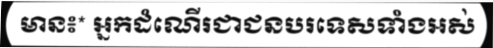
មាន៖* អ្នកដំណើរជាជនបរទេសទាំងអស់